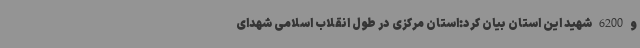
و 6200 شهید این استان بیان کرد:استان مرکزی در طول انقلاب اسلامی شهدای